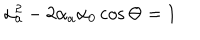
\alpha _ { a } ^ { 2 } - 2 \alpha _ { a } \alpha _ { 0 } \cos \Theta = 1